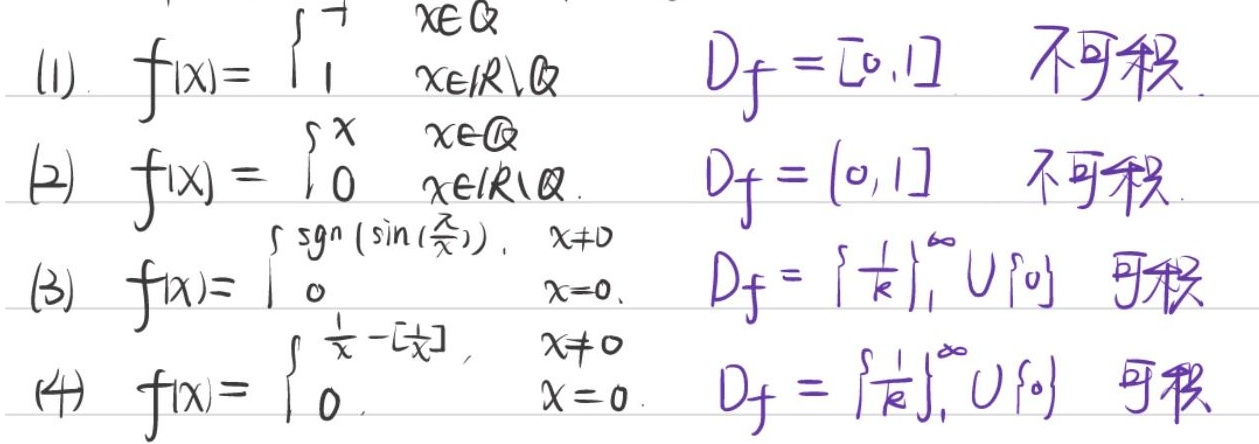
(1). \(f(x)= \begin{cases}-1, & x\in \mathbb{Q}\\1, & x\in \mathbb{R}\backslash\mathbb{Q}\end{cases}\)，\(D_f = [0,1]\) 不可积

(2) \(f(x)= \begin{cases}x, & x\in \mathbb{Q}\\0, & x\in \mathbb{R}\backslash\mathbb{Q}\end{cases}\)，\(D_f = (0,1]\) 不可积

(3) \(f(x)= \begin{cases}\mathrm{sgn}\left(\sin\left(\frac{\pi}{x}\right)\right), & x\neq 0\\0, & x = 0\end{cases}\)，\(D_f=\left\{\frac{1}{k}\right\}_{k = 1}^{\infty}\cup\{0\}\) 可积

(4) \(f(x)= \begin{cases}\frac{1}{x}-\left[\frac{1}{x}\right], & x\neq 0\\0, & x = 0\end{cases}\)，\(D_f=\left\{\frac{1}{k}\right\}_{k = 1}^{\infty}\cup\{0\}\) 可积